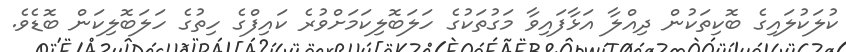
ކުލަކުލައިގެ ބޮކިތަކުން ދިއްލާ އަޅާފައިވާ މަގުތަކުގެ ހަލަބޮލިކަމަށްވުރެ ކައިފްގެ ހިތުގެ ހަލަބޮލިކަން ބޮޑެވެ.